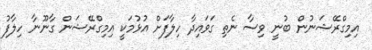
އިމިގްރޭޝަނުން ބުނީ ވިސާ ނެތި ގަވައިދާ ހިލާފަށް އުޅުމަކީ އިމިގްރޭޝަން ގާނޫނާ ހިލާފު